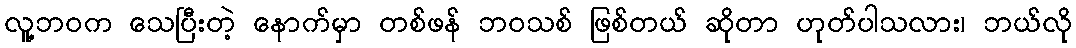
လူ့ဘဝက သေပြီးတဲ့ နောက်မှာ တစ်ဖန် ဘဝသစ် ဖြစ်တယ် ဆိုတာ ဟုတ်ပါသလား၊ ဘယ်လို